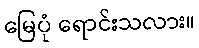
မြေပုံ ရောင်းသလား။